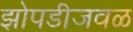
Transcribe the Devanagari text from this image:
झोपडीजवळ